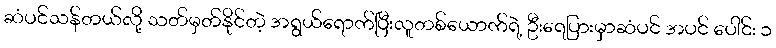
ဆံပင်သန်တယ်လို့ သတ်မှတ်နိုင်တဲ့ အရွယ်ရောက်ပြီးလူတစ်ယောက်ရဲ့ ဦးရေပြားမှာဆံပင် အပင် ပေါင်း ၁